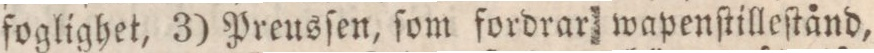
foglighet, 3) Preusſen, ſom fordrar wapenſtilleſtånd,